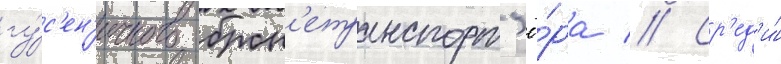
гу́с'ен'ичного брон'етранспорт'ё́ра // Ср'ед'и́